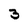
Character: 3